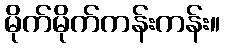
မိုက်မိုက်ကန်းကန်း။